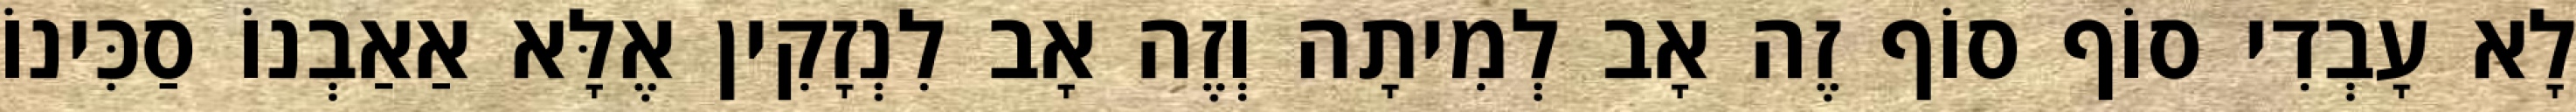
לָא עָבְדִי סוֹף סוֹף זֶה אָב לְמִיתָה וְזֶה אָב לִנְזָקִין אֶלָּא אַאַבְנוֹ סַכִּינוֹ